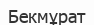
Бекмұрат